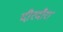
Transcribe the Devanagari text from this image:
दौरदौरा